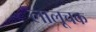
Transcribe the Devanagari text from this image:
लालूचक